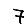
Digit: 7